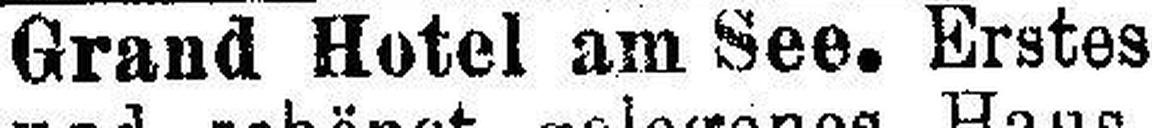
Grand Hotel am See. Erstes